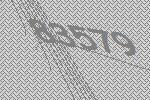
83579